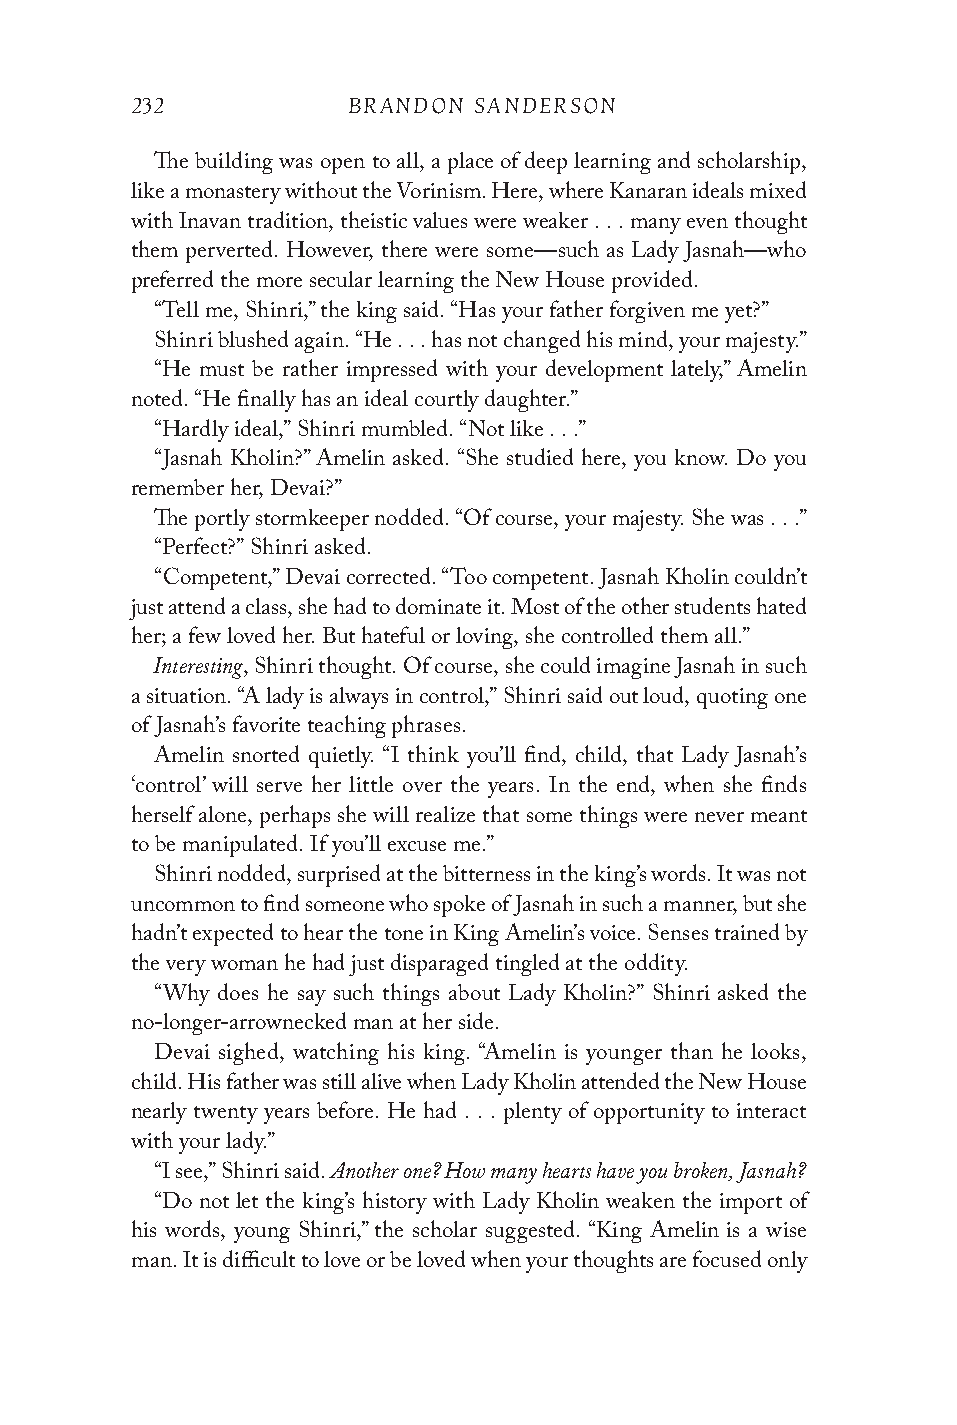
232           BRANDON SANDERSON
 The building was open to all, a place of deep learning and scholarship,
 like a monastery without the Vorinism. Here, where Kanaran ideals mixed
 with Inavan tradition, theistic values were weaker . . . many even thought
 them perverted. However, there were some—such as Lady Jasnah—who
 preferred the more secular learning the New House provided.
 “Tell me, Shinri,” the king said. “Has your father forgiven me yet?”
 Shinri blushed again. “He . . . has not changed his mind, your majesty.”
 “He must be rather impressed with your development lately,” Amelin
 noted. “He finally has an ideal courtly daughter.”
 “Hardly ideal,” Shinri mumbled. “Not like . . .”
 “Jasnah Kholin?” Amelin asked. “She studied here, you know. Do you
 remember her, Devai?”
 The portly stormkeeper nodded. “Of course, your majesty. She was . . .”
 “Perfect?” Shinri asked.
 “Competent,” Devai corrected. “Too competent. Jasnah Kholin couldn’t
 just attend a class, she had to dominate it. Most of the other students hated
 her; a few loved her. But hateful or loving, she controlled them all.”
 Interesting
 , Shinri thought. Of course, she could imagine Jasnah in such
 a situation. “A lady is always in control,” Shinri said out loud, quoting one
 of Jasnah’s favorite teaching phrases.
 Amelin snorted quietly. “I think you’ll find, child, that Lady Jasnah’s
 ‘control’ will serve her little over the years. In the end, when she finds
 herself alone, perhaps she will realize that some things were never meant
 to be manipulated. If you’ll excuse me.”
 Shinri nodded, surprised at the bitterness in the king’s words. It was not
 uncommon to find someone who spoke of Jasnah in such a manner, but she
 hadn’t expected to hear the tone in King Amelin’s voice. Senses trained by
 the very woman he had just disparaged tingled at the oddity.
 “Why does he say such things about Lady Kholin?” Shinri asked the
 no-longer-arrownecked man at her side.
 Devai sighed, watching his king. “Amelin is younger than he looks,
 child. His father was still alive when Lady Kholin attended the New House
 nearly twenty years before. He had . . . plenty of opportunity to interact
 with your lady.”
 Another one? How many hearts have you broken, Jasnah?
 “I see,” Shinri said.
 “Do not let the king’s history with Lady Kholin weaken the import of
 his words, young Shinri,” the scholar suggested. “King Amelin is a wise
 man. It is difficult to love or be loved when your thoughts are focused only